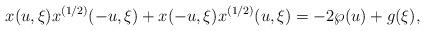
LaTeX: \begin{align*}x(u,\xi)x^{(1/2)}(-u,\xi)+x(-u,\xi)x^{(1/2)}(u,\xi) =-2\wp(u)+ g(\xi), \end{align*}